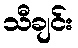
သီချင်း